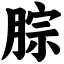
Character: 腙